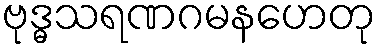
ဗုဒ္ဓသရဏဂမနဟေတု